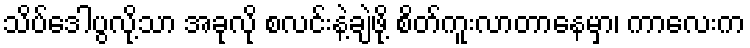
သိပ်ဒေါပွလို့သာ အခုလို စလင်းနဲ့ချဲဖို့ စိတ်ကူးလာတာနေမှာ၊ ကာလေးက